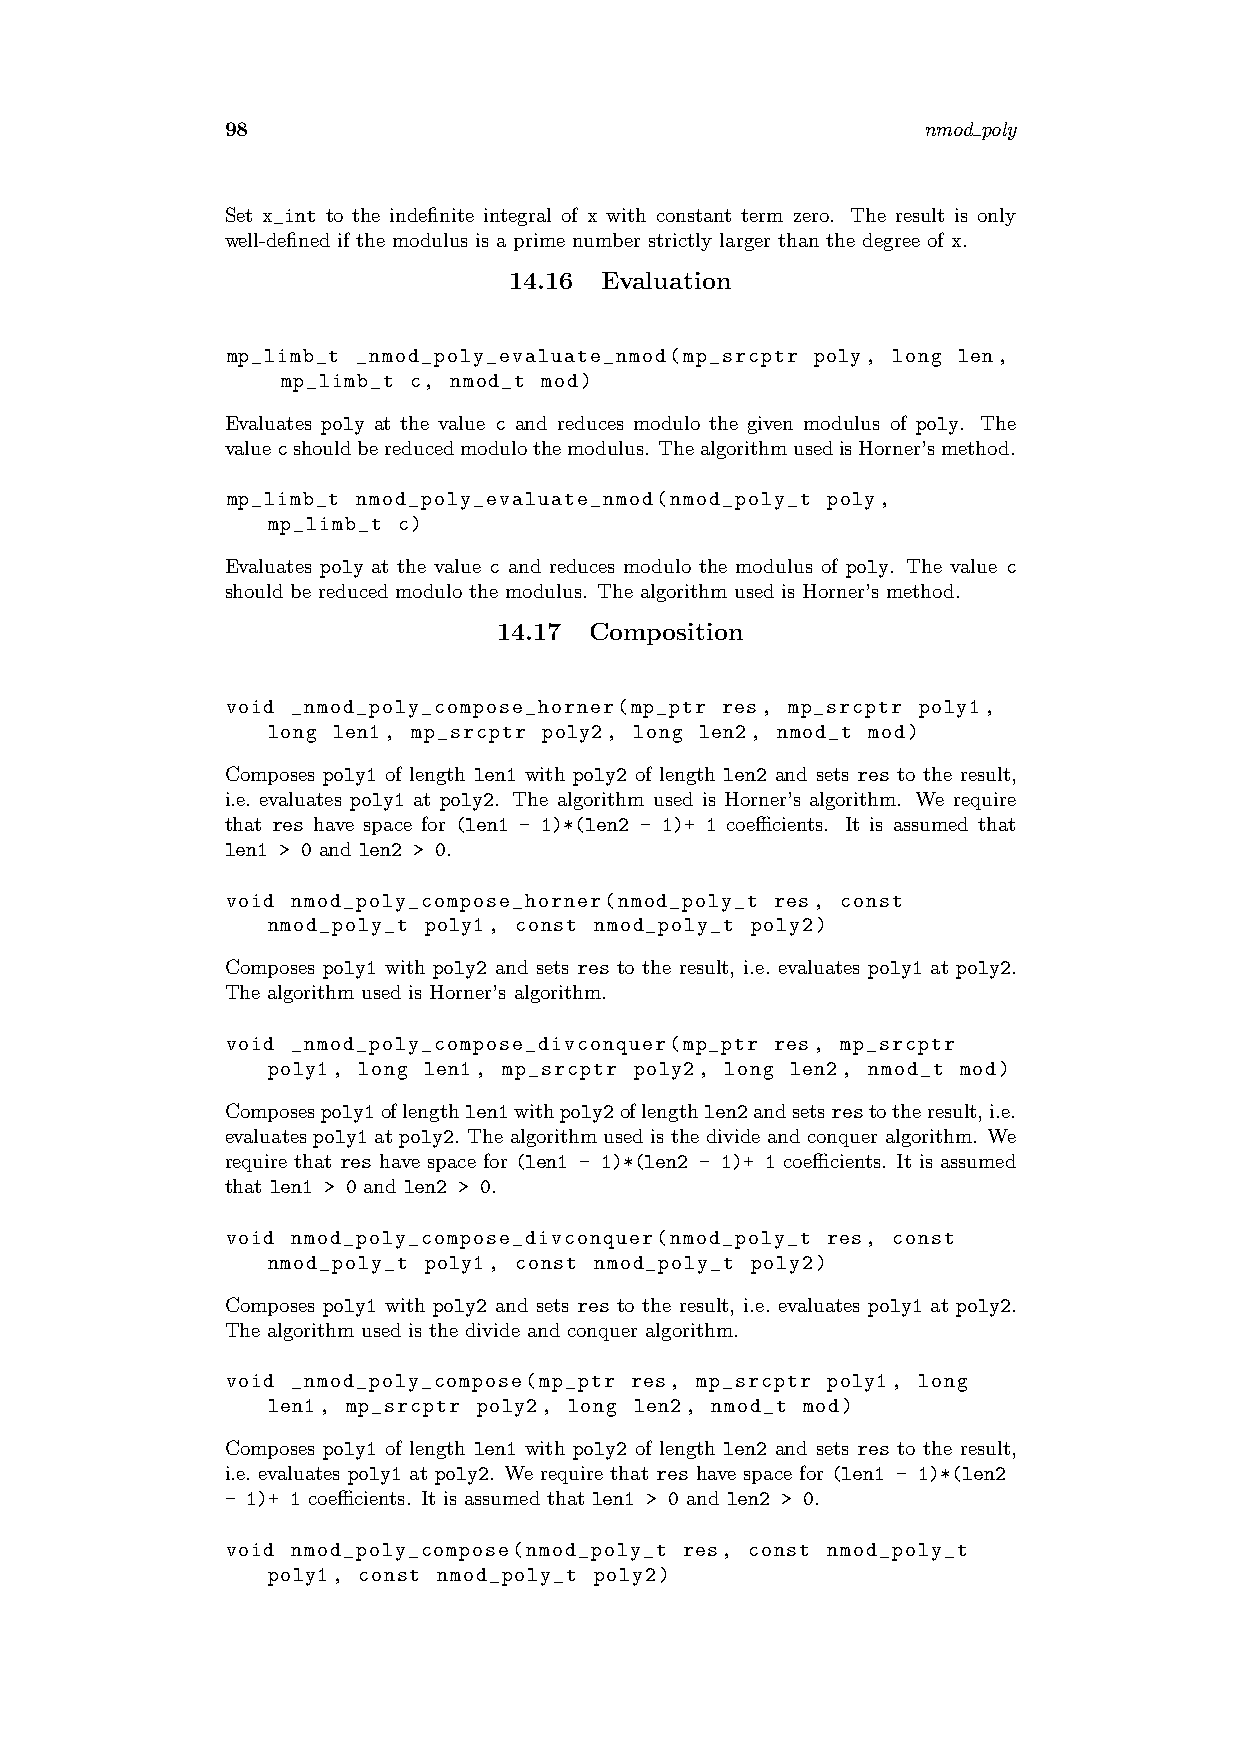
98                                            nmod poly
 Set x_int to the indefinite integral of x with constant term zero. The result is only
 well-defined if the modulus is a prime number strictly larger than the degree of x.
 14.16 Evaluation
 mp_limb_t _nmod_poly_evaluate_nmod(mp_srcptr poly, long len,
 mp_limb_t c, nmod_t mod)
 Evaluates poly at the value c and reduces modulo the given modulus of poly. The
 valuecshouldbereducedmodulothemodulus. ThealgorithmusedisHorner’smethod.
 mp_limb_t nmod_poly_evaluate_nmod(nmod_poly_t poly,
 mp_limb_t c)
 Evaluates poly at the value c and reduces modulo the modulus of poly. The value c
 should be reduced modulo the modulus. The algorithm used is Horner’s method.
 14.17 Composition
 void _nmod_poly_compose_horner(mp_ptr res, mp_srcptr poly1,
 long len1, mp_srcptr poly2, long len2, nmod_t mod)
 Composes poly1 of length len1 with poly2 of length len2 and sets res to the result,
 i.e. evaluates poly1 at poly2. The algorithm used is Horner’s algorithm. We require
 that res have space for (len1 - 1)*(len2 - 1)+ 1 coefficients. It is assumed that
 len1 > 0 and len2 > 0.
 void nmod_poly_compose_horner(nmod_poly_t res, const
 nmod_poly_t poly1, const nmod_poly_t poly2)
 Composes poly1 with poly2 and sets res to the result, i.e. evaluates poly1 at poly2.
 The algorithm used is Horner’s algorithm.
 void _nmod_poly_compose_divconquer(mp_ptr res, mp_srcptr
 poly1, long len1, mp_srcptr poly2, long len2, nmod_t mod)
 Composespoly1oflengthlen1withpoly2oflengthlen2andsetsrestotheresult,i.e.
 evaluates poly1 at poly2. The algorithm used is the divide and conquer algorithm. We
 require that res have space for (len1 - 1)*(len2 - 1)+ 1 coefficients. It is assumed
 that len1 > 0 and len2 > 0.
 void nmod_poly_compose_divconquer(nmod_poly_t res, const
 nmod_poly_t poly1, const nmod_poly_t poly2)
 Composes poly1 with poly2 and sets res to the result, i.e. evaluates poly1 at poly2.
 The algorithm used is the divide and conquer algorithm.
 void _nmod_poly_compose(mp_ptr res, mp_srcptr poly1, long
 len1, mp_srcptr poly2, long len2, nmod_t mod)
 Composes poly1 of length len1 with poly2 of length len2 and sets res to the result,
 i.e. evaluates poly1 at poly2. We require that res have space for (len1 - 1)*(len2
 - 1)+ 1 coefficients. It is assumed that len1 > 0 and len2 > 0.
 void nmod_poly_compose(nmod_poly_t res, const nmod_poly_t
 poly1, const nmod_poly_t poly2)